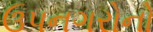
ઉપનગરોનો